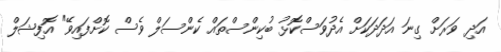
އަދި ވަރަށް ގިނަ އަދަދަކަށް އެދުވަސްކޮޅު ބުކިންސްތައް ކެންސަލް ވެސް ކޮށްފައިވޭ" އޮފިޝަލް